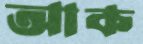
আক